Indian Medical Review
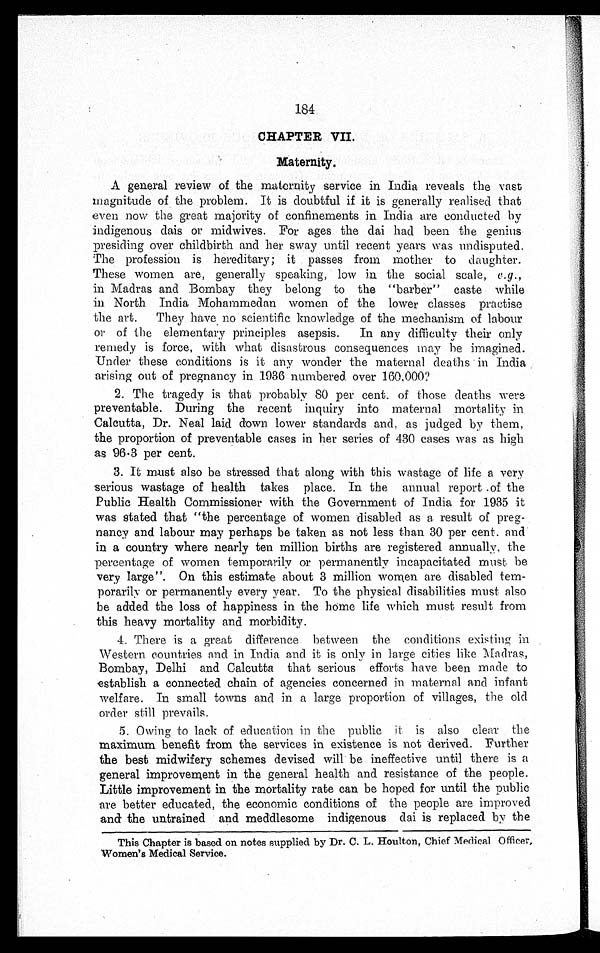
184
CHAPTER VII.
Maternity.
A general review of the maternity service in India reveals the vast
magnitude of the problem. It is doubtful if it is generally realised that
even now the great majority of confinements in India are conducted by
indigenous dais or midwives. For ages the dai had been the genius
presiding over childbirth and her sway until recent years was undisputed.
The profession is hereditary; it passes from mother to daughter.
These women are, generally speaking, low in the social scale, e.g.,
in Madras and Bombay they belong to the "barber" caste while
in North India Mohammedan women of the lower classes practise
the art. They have no scientific knowledge of the mechanism of labour
or of the elementary principles asepsis. In any difficulty their only
remedy is force, with what disastrous consequences may be imagined.
Under these conditions is it any wonder the maternal deaths in India
arising out of pregnancy in. 1936 numbered over 160,000?
2. The tragedy is that probably 80 per cent. of those deaths were
preventable. During the recent inquiry into maternal mortality in
Calcutta, Dr. Neal laid down lower standards and, as judged by them,
the proportion of preventable cases in her series of 430 cases was as high
as 96·3 per cent.
3. It must also be stressed that along with this wastage of life a very
serious wastage of health takes place. In the annual report of the
Public Health Commissioner with the Government of India for 1935 it
was stated that "the percentage of women disabled as a result of preg-
nancy and labour may perhaps be taken as not less than 30 per cent. and
in a country where nearly ten million births are registered annually, the
percentage of women temporarily or permanently incapacitated must be
very large". On this estimate about 3 million women are disabled tem-
porarily or permanently every year. To the physical disabilities must also
be added the loss of happiness in the home life which must result from
this heavy mortality and morbidity.
4.
There is a great difference between the conditions existing in
Western countries and in India and it is only in large cities like Madras,
Bombay, Delhi and Calcutta that serious efforts have been made to
establish a connected chain of agencies concerned in maternal and infant
welfare. In small towns and in a large proportion of villages, the old
order still prevails.
5. Owing to lack of education in the public it is also clear the
maximum benefit from the services in existence is not derived. Further
the best midwifery schemes devised will be ineffective until there is a
general improvement in the general health and resistance of the people.
Little improvement in the mortality rate can be hoped for until the public
are better educated, the economic conditions of the people are improved
and the untrained and meddlesome indigenous dai is replaced by the
This Chapter is based on notes supplied by Dr. C. L. Houlton, Chief Medical Officer,
Women's Medical Service.